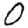
Digit: 0